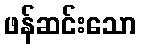
ဖန်ဆင်းသော